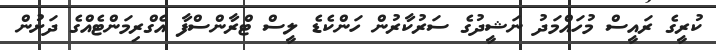
ކުރީގެ ރައީސް މުހައްމަދު ނަޝީދުގެ ސަރުކާރުން ހަންކެޑެ ލީސް ޓްރާންސްފާ އެގްރިމަންޓެއްގެ ދަށުން